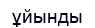
ұйынды